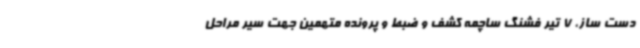
دست ساز، 7 تیر فشنگ ساچمه کشف و ضبط و پرونده متهمین جهت سیر مراحل